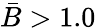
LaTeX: \bar{B}>1.0